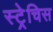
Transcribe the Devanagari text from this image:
स्ट्रेचिस